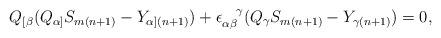
\begin{align*}Q_{[\beta} (Q_{\alpha]} S_{m(n + 1)} - Y_{\alpha](n + 1)} ) +\epsilon_{\alpha\beta}^{~~~\!\gamma} (Q_\gamma S_{m(n + 1)} - Y_{\gamma(n + 1)} ) = 0,\end{align*}